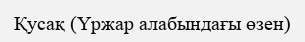
Қусақ (Үржар алабындағы өзен)